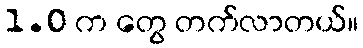
1.0 က တွေ တက်လာတယ်။